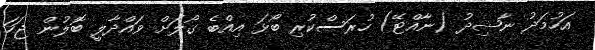
އަހުމަދު ނާޝިދު (ނާއްޓޭ) ހުރަސްކުރި ބޯޅަ އިއްބެ ގޯލަށް ވައްދާލީ ބޮލުން ޖަހަ